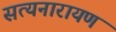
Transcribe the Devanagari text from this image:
सत्‍यनारायण